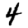
Digit: 4